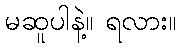
မဆူပါနဲ့။ ရလား။